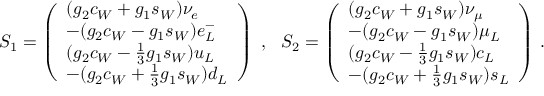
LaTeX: S _ { 1 } = \left( \begin{array} { l } { { ( g _ { 2 } c _ { W } + g _ { 1 } s _ { W } ) \nu _ { e } } } \\ { { - ( g _ { 2 } c _ { W } - g _ { 1 } s _ { W } ) e _ { L } ^ { - } } } \\ { { ( g _ { 2 } c _ { W } - { \frac { 1 } { 3 } } g _ { 1 } s _ { W } ) u _ { L } } } \\ { { - ( g _ { 2 } c _ { W } + { \frac { 1 } { 3 } } g _ { 1 } s _ { W } ) d _ { L } } } \end{array} \right) ~ , ~ ~ S _ { 2 } = \left( \begin{array} { l } { { ( g _ { 2 } c _ { W } + g _ { 1 } s _ { W } ) \nu _ { \mu } } } \\ { { - ( g _ { 2 } c _ { W } - g _ { 1 } s _ { W } ) \mu _ { L } } } \\ { { ( g _ { 2 } c _ { W } - { \frac { 1 } { 3 } } g _ { 1 } s _ { W } ) c _ { L } } } \\ { { - ( g _ { 2 } c _ { W } + { \frac { 1 } { 3 } } g _ { 1 } s _ { W } ) s _ { L } } } \end{array} \right) \, .